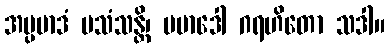
အပ္ပမာဒံ ပသံသန္တိ၊ ပမာဒေါ ဂရဟိတော သဒါ။